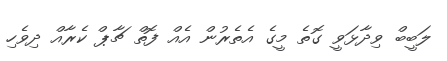
ލަބީބް ވިދާޅަވީ ގޮތެ މީގެ އެތެރުން އެއް ފޮތް ޗާޕް ކެރާއް ދިވެހި